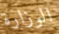
الوزارة